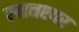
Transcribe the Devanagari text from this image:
रयानएयर